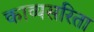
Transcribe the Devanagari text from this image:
काव्यसरिता